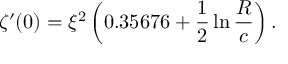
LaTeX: \zeta ^ { \prime } ( 0 ) = \xi ^ { 2 } \left( 0 . 3 5 6 7 6 + \frac { 1 } { 2 } \ln \frac { R } { c } \right) .